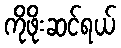
ကိုဖိုးဆင်ရယ်